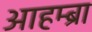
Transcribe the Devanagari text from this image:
आहम्ब्रा